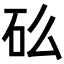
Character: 𬑼